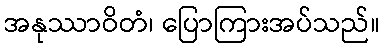
အနုဿာဝိတံ၊ ပြောကြားအပ်သည်။